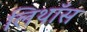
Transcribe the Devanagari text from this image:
लिथॉस